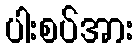
ပါးစပ်အား